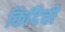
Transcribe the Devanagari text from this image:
किदिची